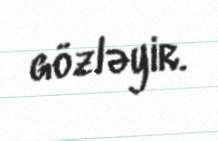
gözləyir.